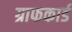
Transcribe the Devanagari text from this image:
ग्राफकार्ड